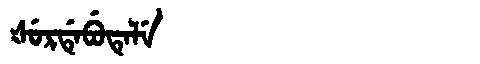
Manchu: ᡧᡠᡵᡩᡝᠪᡠᡨᡝᠯᡝ
Romanization: ŠURDEBUTELE